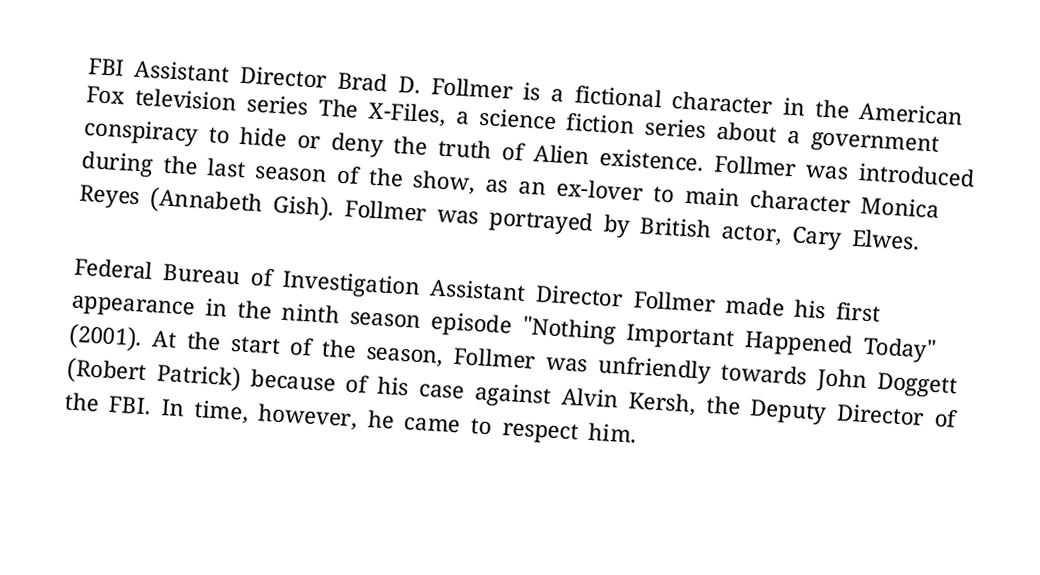
FBI Assistant Director Brad D. Follmer is a fictional character in the American Fox television series The X-Files, a science fiction series about a government conspiracy to hide or deny the truth of Alien existence. Follmer was introduced during the last season of the show, as an ex-lover to main character Monica Reyes (Annabeth Gish). Follmer was portrayed by British actor, Cary Elwes.

Federal Bureau of Investigation Assistant Director Follmer made his first appearance in the ninth season episode "Nothing Important Happened Today" (2001). At the start of the season, Follmer was unfriendly towards John Doggett (Robert Patrick) because of his case against Alvin Kersh, the Deputy Director of the FBI.  In time, however, he came to respect him.